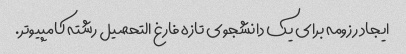
ایجاد رزومه برای یک دانشجوی تازه فارغ التحصیل رشته کامپیوتر.